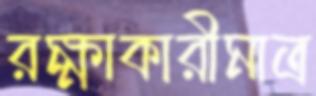
রক্ষাকারীমাত্র